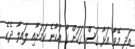
އަދި މޭވާ އަޅާ ގަސް ގަހަށް ގާ އުކާނެ ކަމަށާއި ލައިލާ ދެކެ